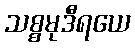
သစ္စမုဒီရယေ